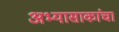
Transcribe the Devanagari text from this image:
अभ्यासाकांचा